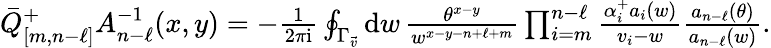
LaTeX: \textstyle\bar{Q}_{[m,n-\ell]}^{+}A_{n-\ell}^{-1}(x,y)=-\frac{1}{2\pi\mathrm{i}}\oint_{\Gamma_{\vec{v}}}\mathrm{d}w\, \frac{\theta^{x-y}}{w^{x-y-n+\ell+m}}\prod_{i=m}^{n-\ell}\frac{\alpha_{i}^{+}a_{i}(w)}{v_{i}-w}\frac{a_{n-\ell}(\theta)}{a_{n-\ell}(w)}.